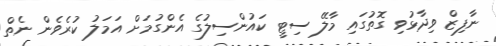
ނާފިޒް ވިދާޅުވި ގޮތުގައި މާލޭ ސިޓީ ކައުންސިލުގެ އެންގުމަށް އަމަލު ކުރެވެން ނެތް